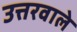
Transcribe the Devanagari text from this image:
उत्तरवाले